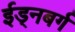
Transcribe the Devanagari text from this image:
ईड्नबर्ग